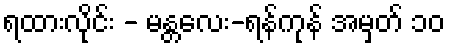
ရထားလိုင်း - မန္တလေး-ရန်ကုန် အမှတ် ၁၀